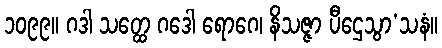
၁၀၉၉။ ဂဒါ သတ္ထေ ဂဒေါ ရောဂေ၊ နိသဇ္ဇာ ပီဌေသွာ’သနံ။